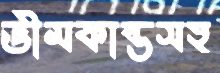
ভীমকান্তসহ